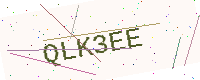
Text: QLK3EE